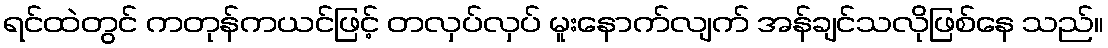
ရင်ထဲတွင် ကတုန်ကယင်ဖြင့် တလှပ်လှပ် မူးနောက်လျက် အန်ချင်သလိုဖြစ်နေ သည်။